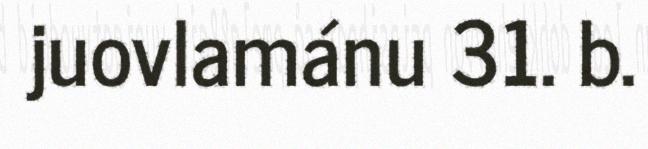
juovlamánu 31. b.